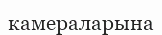
камераларына